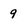
Character: 9